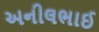
અનીલભાઈ